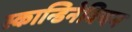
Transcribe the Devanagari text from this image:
स्कान्डिनेवियन